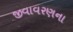
જીવાવરણના